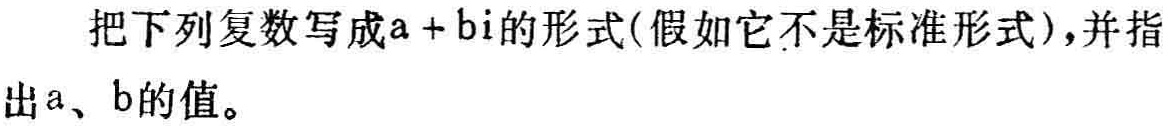
把下列复数写成\(a + bi\)的形式(假如它不是标准形式),并指出\(a\)、\(b\)的值。